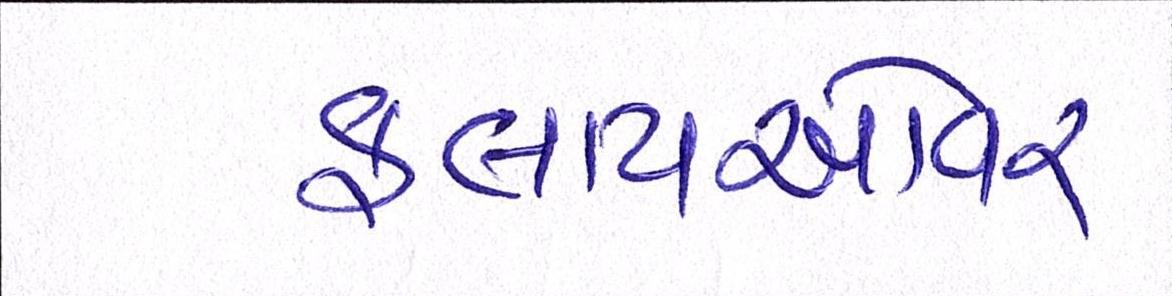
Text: ફ્લાયઓવર